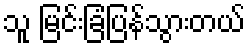
သူ မြင်းခြံပြန်သွားတယ်